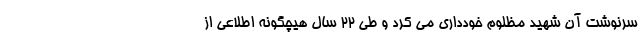
سرنوشت آن شهيد مظلوم خودداري مي كرد و طي ۲۲ سال هيچگونه اطلاعي از